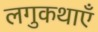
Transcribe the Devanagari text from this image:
लगुकथाएँ